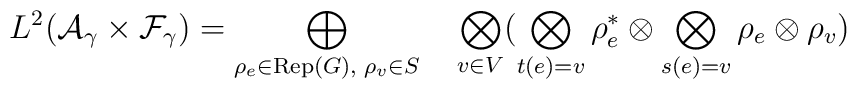
L^2({\cal A}_\gamma \times {\cal F}_\gamma) =\bigoplus_{\rho_e\in {\rm Rep}(G),\; \rho_v\in S} \quad\bigotimes_{v\in V}\bigl ( \bigotimes_{t(e)=v} \rho_e^* \otimes \bigotimes_{s(e)=v} \rho_e \otimes \rho_v \bigr )